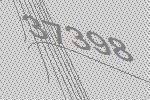
37398